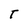
Character: T